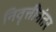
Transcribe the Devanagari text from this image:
निवॄत्तीनंतर